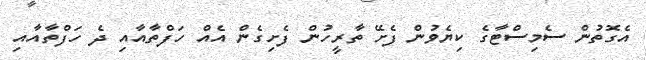
އެގޮތުން ސެމިސްޓާގެ ކިޔެވުން ފެށޭ ތާރީހުން ފެށިގެން އެއް ހަފްތާއާއި ދެ ހަފްތާއާއި